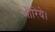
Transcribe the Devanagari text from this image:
भारिये।